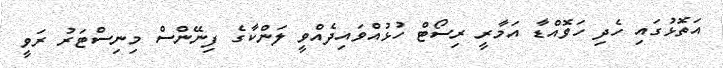
އަތޮޅުގައި ހެދި ހަވޮއްޑާ އަމާރީ ރިސޯޓް ހުޅުއްވައިދެއްވީ ލަންކާގެ ފިނޭންސް މިނިސްޓަރު ރަވީ